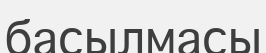
басылмасы